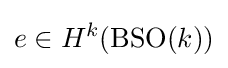
e\in H^{k}(\mathrm {BSO} (k))